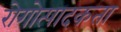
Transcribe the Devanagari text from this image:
रोगोत्पादकता